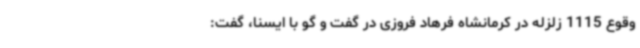
وقوع 1115 زلزله در کرمانشاه فرهاد فروزی در گفت و گو با ایسنا، گفت: